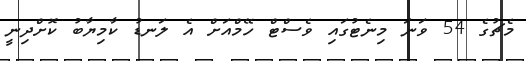
މެޗުގެ 54 ވަނަ މިނެޓުގައި ވެސްޓް ހޭމްއަށް އެ ލަނޑު ކާމިޔާބު ކޮށްދިނީ